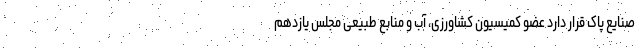
صنایع پاک قرار دارد عضو کمیسیون کشاورزی، آب و منابع طبیعی مجلس یازدهم